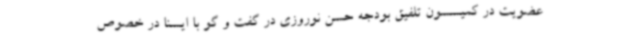
عضویت در کمیسسون تلفیق بودجه حسن نوروزی در گفت و گو با ایسنا در خصوص